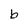
Character: b